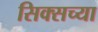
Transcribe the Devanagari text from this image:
सिक्सच्या